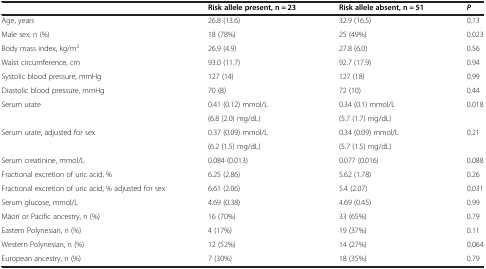
<table><thead><tr><td><b> </b></td><td><b>Risk allele present, n = 23</b></td><td><b>Risk allele absent, n = 51</b></td><td><b><i>P</i></b></td></tr></thead><tbody><tr><td>Age, years</td><td>26.8 (13.6)</td><td>32.9 (16.5)</td><td>0.13</td></tr><tr><td>Male sex, n (%)</td><td>18 (78%)</td><td>25 (49%)</td><td>0.023</td></tr><tr><td>Body mass index, kg/m<sup>2</sup></td><td>26.9 (4.9)</td><td>27.8 (6.0)</td><td>0.56</td></tr><tr><td>Waist circumference, cm</td><td>93.0 (11.7)</td><td>92.7 (17.9)</td><td>0.94</td></tr><tr><td>Systolic blood pressure, mmHg</td><td>127 (14)</td><td>127 (18)</td><td>0.99</td></tr><tr><td>Diastolic blood pressure, mmHg</td><td>70 (8)</td><td>72 (10)</td><td>0.44</td></tr><tr><td rowspan="2">Serum urate</td><td>0.41 (0.12) mmol/L</td><td>0.34 (0.1) mmol/L</td><td rowspan="2">0.018</td></tr><tr><td>(6.8 (2.0) mg/dL)</td><td>(5.7 (1.7) mg/dL)</td></tr><tr><td rowspan="2">Serum urate, adjusted for sex</td><td>0.37 (0.09) mmol/L</td><td>0.34 (0.09) mmol/L</td><td rowspan="2">0.21</td></tr><tr><td>(6.2 (1.5) mg/dL)</td><td>(5.7 (1.5) mg/dL)</td></tr><tr><td>Serum creatinine, mmol/L</td><td>0.084 (0.013)</td><td>0.077 (0.016)</td><td>0.088</td></tr><tr><td>Fractional excretion of uric acid, %</td><td>6.25 (2.86)</td><td>5.62 (1.78)</td><td>0.26</td></tr><tr><td>Fractional excretion of uric acid, % adjusted for sex</td><td>6.61 (2.06)</td><td>5.4 (2.07)</td><td>0.031</td></tr><tr><td>Serum glucose, mmol/L</td><td>4.69 (0.38)</td><td>4.69 (0.45)</td><td>0.99</td></tr><tr><td>Māori or Pacific ancestry, n (%)</td><td>16 (70%)</td><td>33 (65%)</td><td>0.79</td></tr><tr><td>Eastern Polynesian, n (%)</td><td>4 (17%)</td><td>19 (37%)</td><td>0.11</td></tr><tr><td>Western Polynesian, n (%)</td><td>12 (52%)</td><td>14 (27%)</td><td>0.064</td></tr><tr><td>European ancestry, n (%)</td><td>7 (30%)</td><td>18 (35%)</td><td>0.79</td></tr></tbody></table>